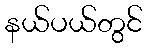
နယ်ပယ်တွင်